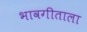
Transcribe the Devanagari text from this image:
भावगीताला